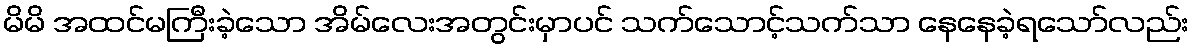
မိမိ အထင်မကြီးခဲ့သော အိမ်လေးအတွင်းမှာပင် သက်သောင့်သက်သာ နေနေခဲ့ရသော်လည်း